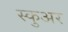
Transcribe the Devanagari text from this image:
स्कुअर